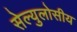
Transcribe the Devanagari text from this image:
सेल्युलोसीय